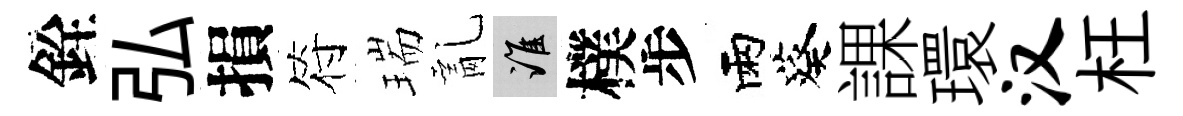
銓弘損符瑞亂誰樸步雨葵課環汉枉